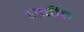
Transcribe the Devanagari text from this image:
घाटीत